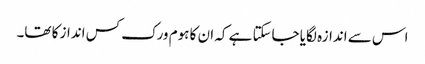
اس سے اندازہ لگایا جاسکتا ہے کہ ان کا ہوم ورک کس انداز کا تھا۔